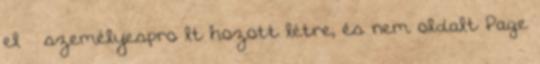
el — személyesproﬁlt hozott létre, és nem oldalt Page